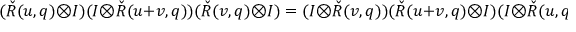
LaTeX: ( \check { R } ( u , q ) \otimes I ) ( I \otimes \check { R } ( u + v , q ) ) ( \check { R } ( v , q ) \otimes I ) = ( I \otimes \check { R } ( v , q ) ) ( \check { R } ( u + v , q ) \otimes I ) ( I \otimes \check { R } ( u , q ) ) \, .